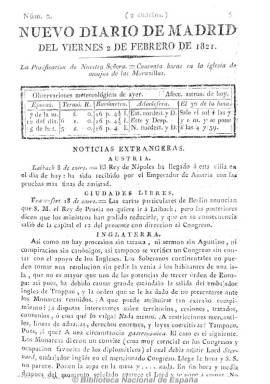
Título: Nuevo diario de Madrid
Colección: Periódicos anteriores a 1850
Ámbito geográfico: Madrid
Lugar de publicación: Madrid
Fechas: 01/02/1821-22/05/1823

Aparece el uno de febrero de 1821 y no hay que confundirlo con Diario de Madrid, al que intenta incluso imitar en el formato, para competir, precisamente, con el antiguo periódico fundado por Francisco Mariano Nipho en 1758, que, junto a la Gaceta de Madrid, siempre había quedado excluido de los decretos de supresión de la prensa española. Además de ser un periódico noticioso, Nuevo diario… dará cabida en sus páginas a las noticias y artículos de política.

Comienza con el santoral, las observaciones meteorológicas y notas astronómicas, para ofrecer noticias particulares de Madrid, y con secciones como Cortes, Variedades, Anuncios, Avisos, Espectáculos y Teatros. Ofrecerá sueltos sobre ventas, pérdidas, hallazgos, sirvientes, nodrizas, precios de los géneros de la Aduana de Madrid, de los granos en las provincias y puertos principales, cambios de moneda, de las funciones teatrales y demás diversiones públicas, orden diaria de la plaza, bandos, decretos y proclamas gubernamentales, etc.

Además de ser un periódico mercantil,  también publicará noticias nacionales y extranjeras y artículos de carácter político, así como otros literarios, de ciencias y arte, y cartas de los lectores.

Editado por Pedro Sánchez Trapero, miliciano adscrito a la franc-masonería, en su cabecera imprime el lema: “Constitución y Rey. Economía y Justicia”. Su carácter es liberal moderado y discrepó tanto de afrancesados como de los exaltados, aunque al final se radicalizó.

Estampado en números de cuatro páginas en la Imprenta de Espinosa, al final dispuso de imprenta propia y editó suplementos. Inicia su numeración al comienzo de cada año, y estuvo publicándose hasta el 22 de mayo de 1823, es decir, hasta el día anterior en el que las tropas francesas (Los cien mil hijos de San Luis), al mando del duque de Angulema, entraron en Madrid para imponer de nuevo la reacción y el absolutismo fernandino, siendo el último de los periódicos liberales en desaparecer.